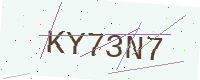
Text: KY73N7